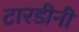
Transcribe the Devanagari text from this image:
टारडीनी